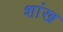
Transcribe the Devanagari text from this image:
शांख